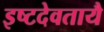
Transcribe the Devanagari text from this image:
इष्टदेवतायै